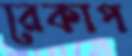
রেকাপ